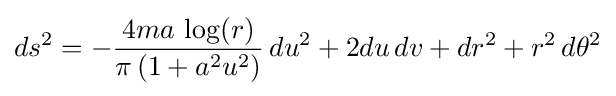
ds^{2}=-{\frac {4ma\,\log(r)}{\pi \,(1+a^{2}u^{2})}}\,du^{2}+2du\,dv+dr^{2}+r^{2}\,d\theta ^{2}